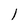
Character: l